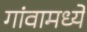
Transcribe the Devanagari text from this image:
गांवामध्ये